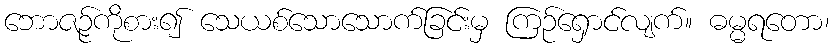
ဘောဇဉ်ကိုစား၍ သေယစ်သောသောက်ခြင်းမှ ကြဉ်ရှောင်လျက်။ ဓမ္မရတော၊